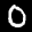
Label: 0